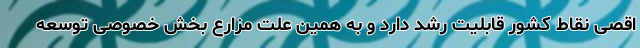
اقصی نقاط کشور قابلیت رشد دارد و به همین علت مزارع بخش خصوصی توسعه